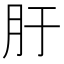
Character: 䏏